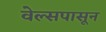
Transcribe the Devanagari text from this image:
वेल्सपासून